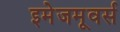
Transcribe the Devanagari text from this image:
इमेजमूवर्स